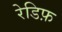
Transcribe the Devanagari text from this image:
रेडिफ़